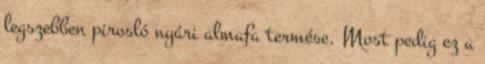
legszebben pirosló nyári almafa termése. Most pedig ez a